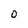
Character: O